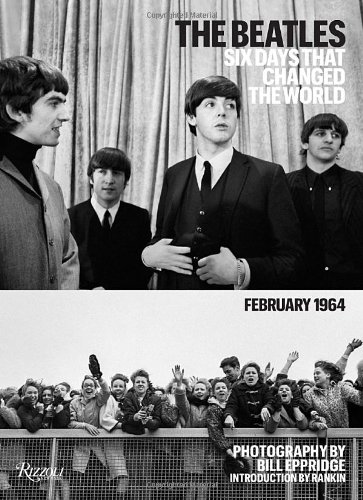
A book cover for The Beatles: Six Days that Changed the World. February 1964; Bill Eppridge; Humor & Entertainment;